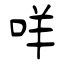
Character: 咩